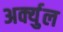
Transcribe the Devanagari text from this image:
अर्क्युल